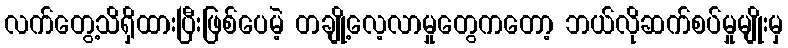
လက်တွေ့သိရှိထားပြီးဖြစ်ပေမဲ့ တချို့လေ့လာမှုတွေကတော့ ဘယ်လိုဆက်စပ်မှုမျိုးမှ